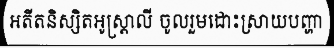
អតីតនិស្សិតអូស្ត្រាលី ចូលរួមដោះស្រាយបញ្ហា